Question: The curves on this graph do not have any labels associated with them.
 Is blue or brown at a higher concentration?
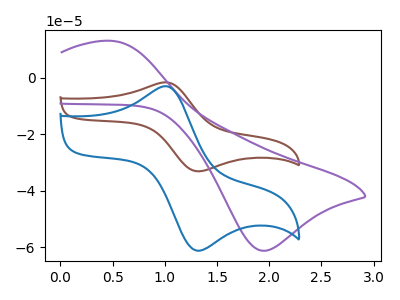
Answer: <think>The brown curve "brown" has an anodic peak at (1.05V, -1.65uA) and a cathodic peak at (1.35V, -33.10uA). The purple curve "purple" has an anodic peak at (0.50V, 13.10uA) and a cathodic peak at (1.95V, -61.20uA). The blue curve "blue" has an anodic peak at (1.05V, -3.05uA) and a cathodic peak at (1.35V, -61.20uA).
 All the peaks in "blue" have a peak in "brown" at the same potential.</think>
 <answer>I cant tell if "blue" or "brown" has higher concentration.</answer>
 <eval>mixed_concentration</eval>